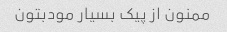
ممنون از پیک بسیار مودبتون